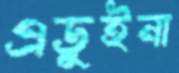
এডুইনা